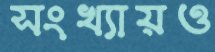
সংখ্যায়ও